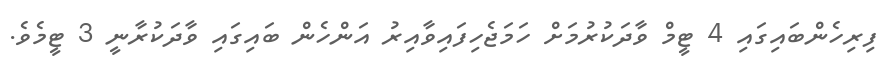
ފިރިހެންބައިގައި 4 ޓީމް ވާދަކުރުމަށް ހަމަޖެހިފައިވާއިރު އަންހެން ބައިގައި ވާދަކުރާނީ 3 ޓީމެވެ.